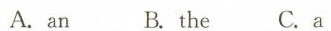
A.an B. the C.a